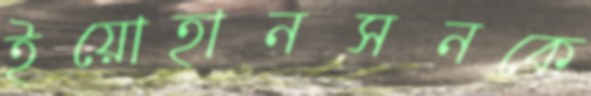
ইয়োহানসনকে